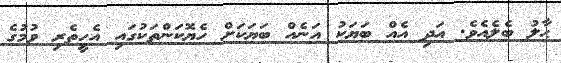
ޙާލު ބެލެއެވެ. އަދި އެއް ބަޔަކު އަނެއް ބަޔަކަށް ހެޔޮކަންތަކުގައި އެހީތެރި ވުމުގެ